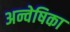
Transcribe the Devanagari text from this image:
अन्वेषिका